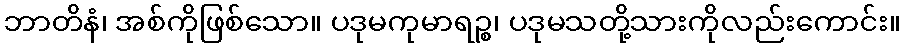
ဘာတိနံ၊ အစ်ကိုဖြစ်သော။ ပဒုမကုမာရဉ္စ၊ ပဒုမသတို့သားကိုလည်းကောင်း။